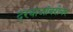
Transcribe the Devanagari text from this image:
दरवाजांबरोबर